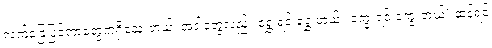
လက်ခြေပြင်တာတွေကရှိသေးတယ်၊ အဲဒါတွေလည်း ရွှေ့ရင် ရွှေ့တယ်။ ကွေးရင် ကွေးတယ်’ ဆန့်ရင်